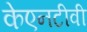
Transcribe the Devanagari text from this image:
केएनटीवी